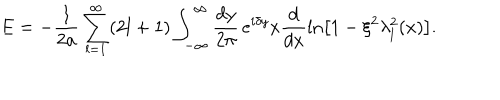
E = - \frac 1 { 2 a } \sum _ { l = 1 } ^ { \infty } ( 2 l + 1 ) \int _ { - \infty } ^ { \infty } \frac { d y } { 2 \pi } \, e ^ { i \delta y } x \frac d { d x } \ln \left[ 1 - \xi ^ { 2 } \lambda _ { l } ^ { 2 } ( x ) \right] .